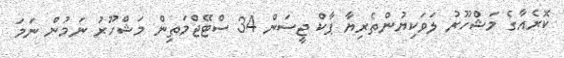
ކޮރެއާގެ މަޝްހޫރު ލަވަކިޔުންތެރިޔާ ޕާކް ޖީސަން 34 ސްޓޭޖްމަތިން މަޝްހޫރު ނަމުން ނަމަ